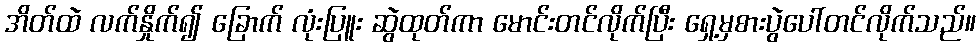
အိတ်ထဲ လက်နှိုက်၍ ခြောက် လုံးပြူး ဆွဲထုတ်ကာ မောင်းတင်လိုက်ပြီး ရှေ့မှစားပွဲပေါ်တင်လိုက်သည်။